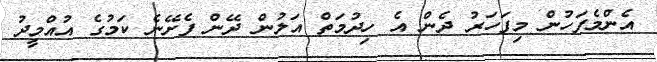
އެންމެފަހުން މިފަހަރު ދެން އެ ހިދުމަތް އަލުން ދޭން ފެށޭނެ ކަމުގެ އުއްމީދު